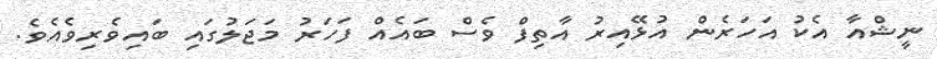
ނީޝްއާ އެކު އަހަރެން އުޅޭއިރު އާތިފް ވެސް ބައެއް ފަހަރު މަޖަލުގައި ބައިވެރިވެއެވެ.